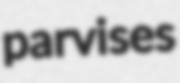
parvises